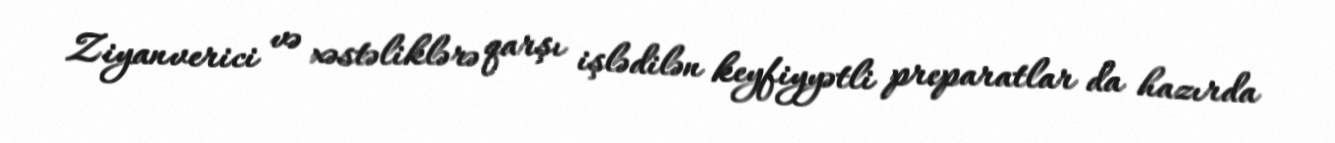
Ziyanverici və xəstəliklərə qarşı işlədilən keyfiyyətli preparatlar da hazırda